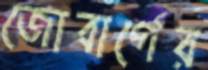
জোবার্গের